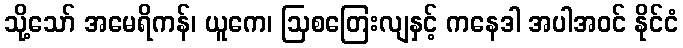
သို့သော် အမေရိကန်၊ ယူကေ၊ ဩစတြေးလျနှင့် ကနေဒါ အပါအဝင် နိုင်ငံ